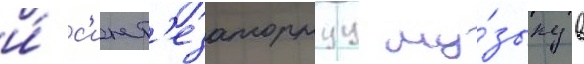
и́ с'инт'езаторнуу му́зыку в